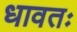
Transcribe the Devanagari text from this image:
धावतः